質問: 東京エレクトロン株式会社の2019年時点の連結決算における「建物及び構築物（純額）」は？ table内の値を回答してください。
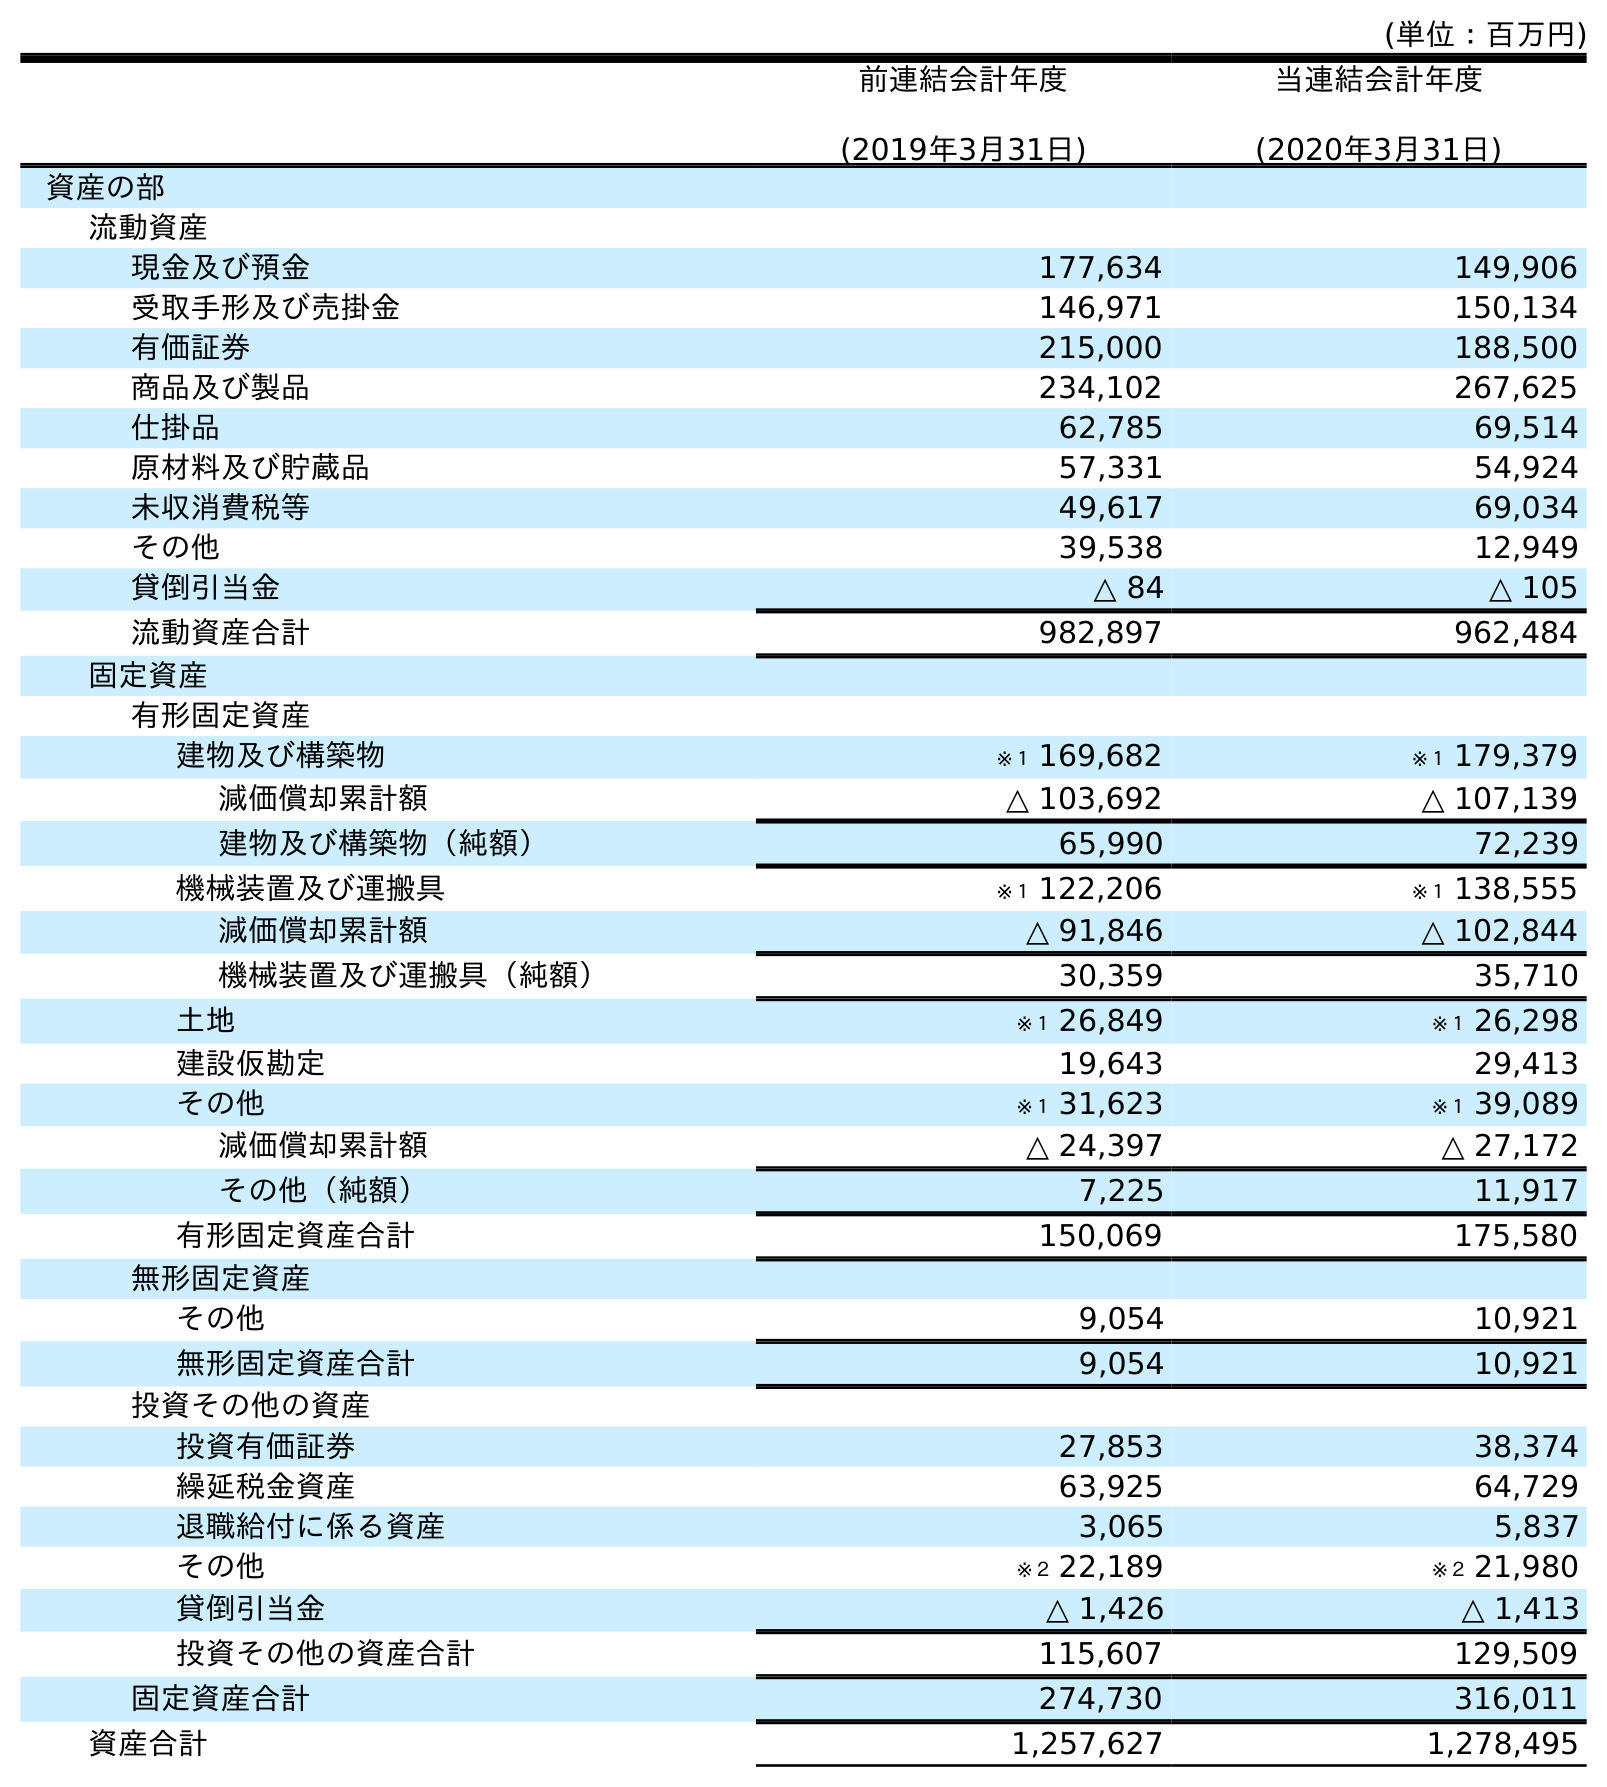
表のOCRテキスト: (単位：百万円) 前連結会計年度 (2019年3月31日) 当連結会計年度 (2020年3月31日) 資産の部 流動資産 現金及び預金 177,634 149,906 受取手形及び売掛金 146,971 150,134 有価証券 215,000 188,500 商品及び製品 234,102 267,625 仕掛品 62,785 69,514 原材料及び貯蔵品 57,331 54,924 未収消費税等 49,617 69,034 その他 39,538 12,949 貸倒引当金 △ 84 △ 105 流動資産合計 982,897 962,484 固定資産 有形固定資産 建物及び構築物 ※１ 169,682 ※１ 179,379 減価償却累計額 △ 103,692 △ 107,139 建物及び構築物（純額） 65,990 72,239 機械装置及び運搬具 ※１ 122,206 ※１ 138,555 減価償却累計額 △ 91,846 △ 102,844 機械装置及び運搬具（純額） 30,359 35,710 土地 ※１ 26,849 ※１ 26,298 建設仮勘定 19,643 29,413 その他 ※１ 31,623 ※１ 39,089 減価償却累計額 △ 24,397 △ 27,172 その他（純額） 7,225 11,917 有形固定資産合計 150,069 175,580 無形固定資産 その他 9,054 10,921 無形固定資産合計 9,054 10,921 投資その他の資産 投資有価証券 27,853 38,374 繰延税金資産 63,925 64,729 退職給付に係る資産 3,065 5,837 その他 ※２ 22,189 ※２ 21,980 貸倒引当金 △ 1,426 △ 1,413 投資その他の資産合計 115,607 129,509 固定資産合計 274,730 316,011 資産合計 1,257,627 1,278,495
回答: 65,990